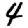
Digit: 4